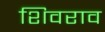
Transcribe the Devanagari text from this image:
शिवराव